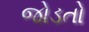
જોડતો